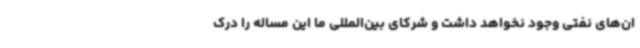
ان‌های نفتی وجود نخواهد داشت و شرکای بین‌المللی ما این مساله را درک